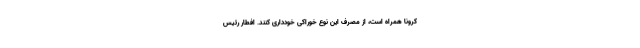
کرونا همراه است، از مصرف این نوع خوراکی خودداری کنند. افطار رئیس